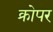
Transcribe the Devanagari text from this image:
क्रोपर